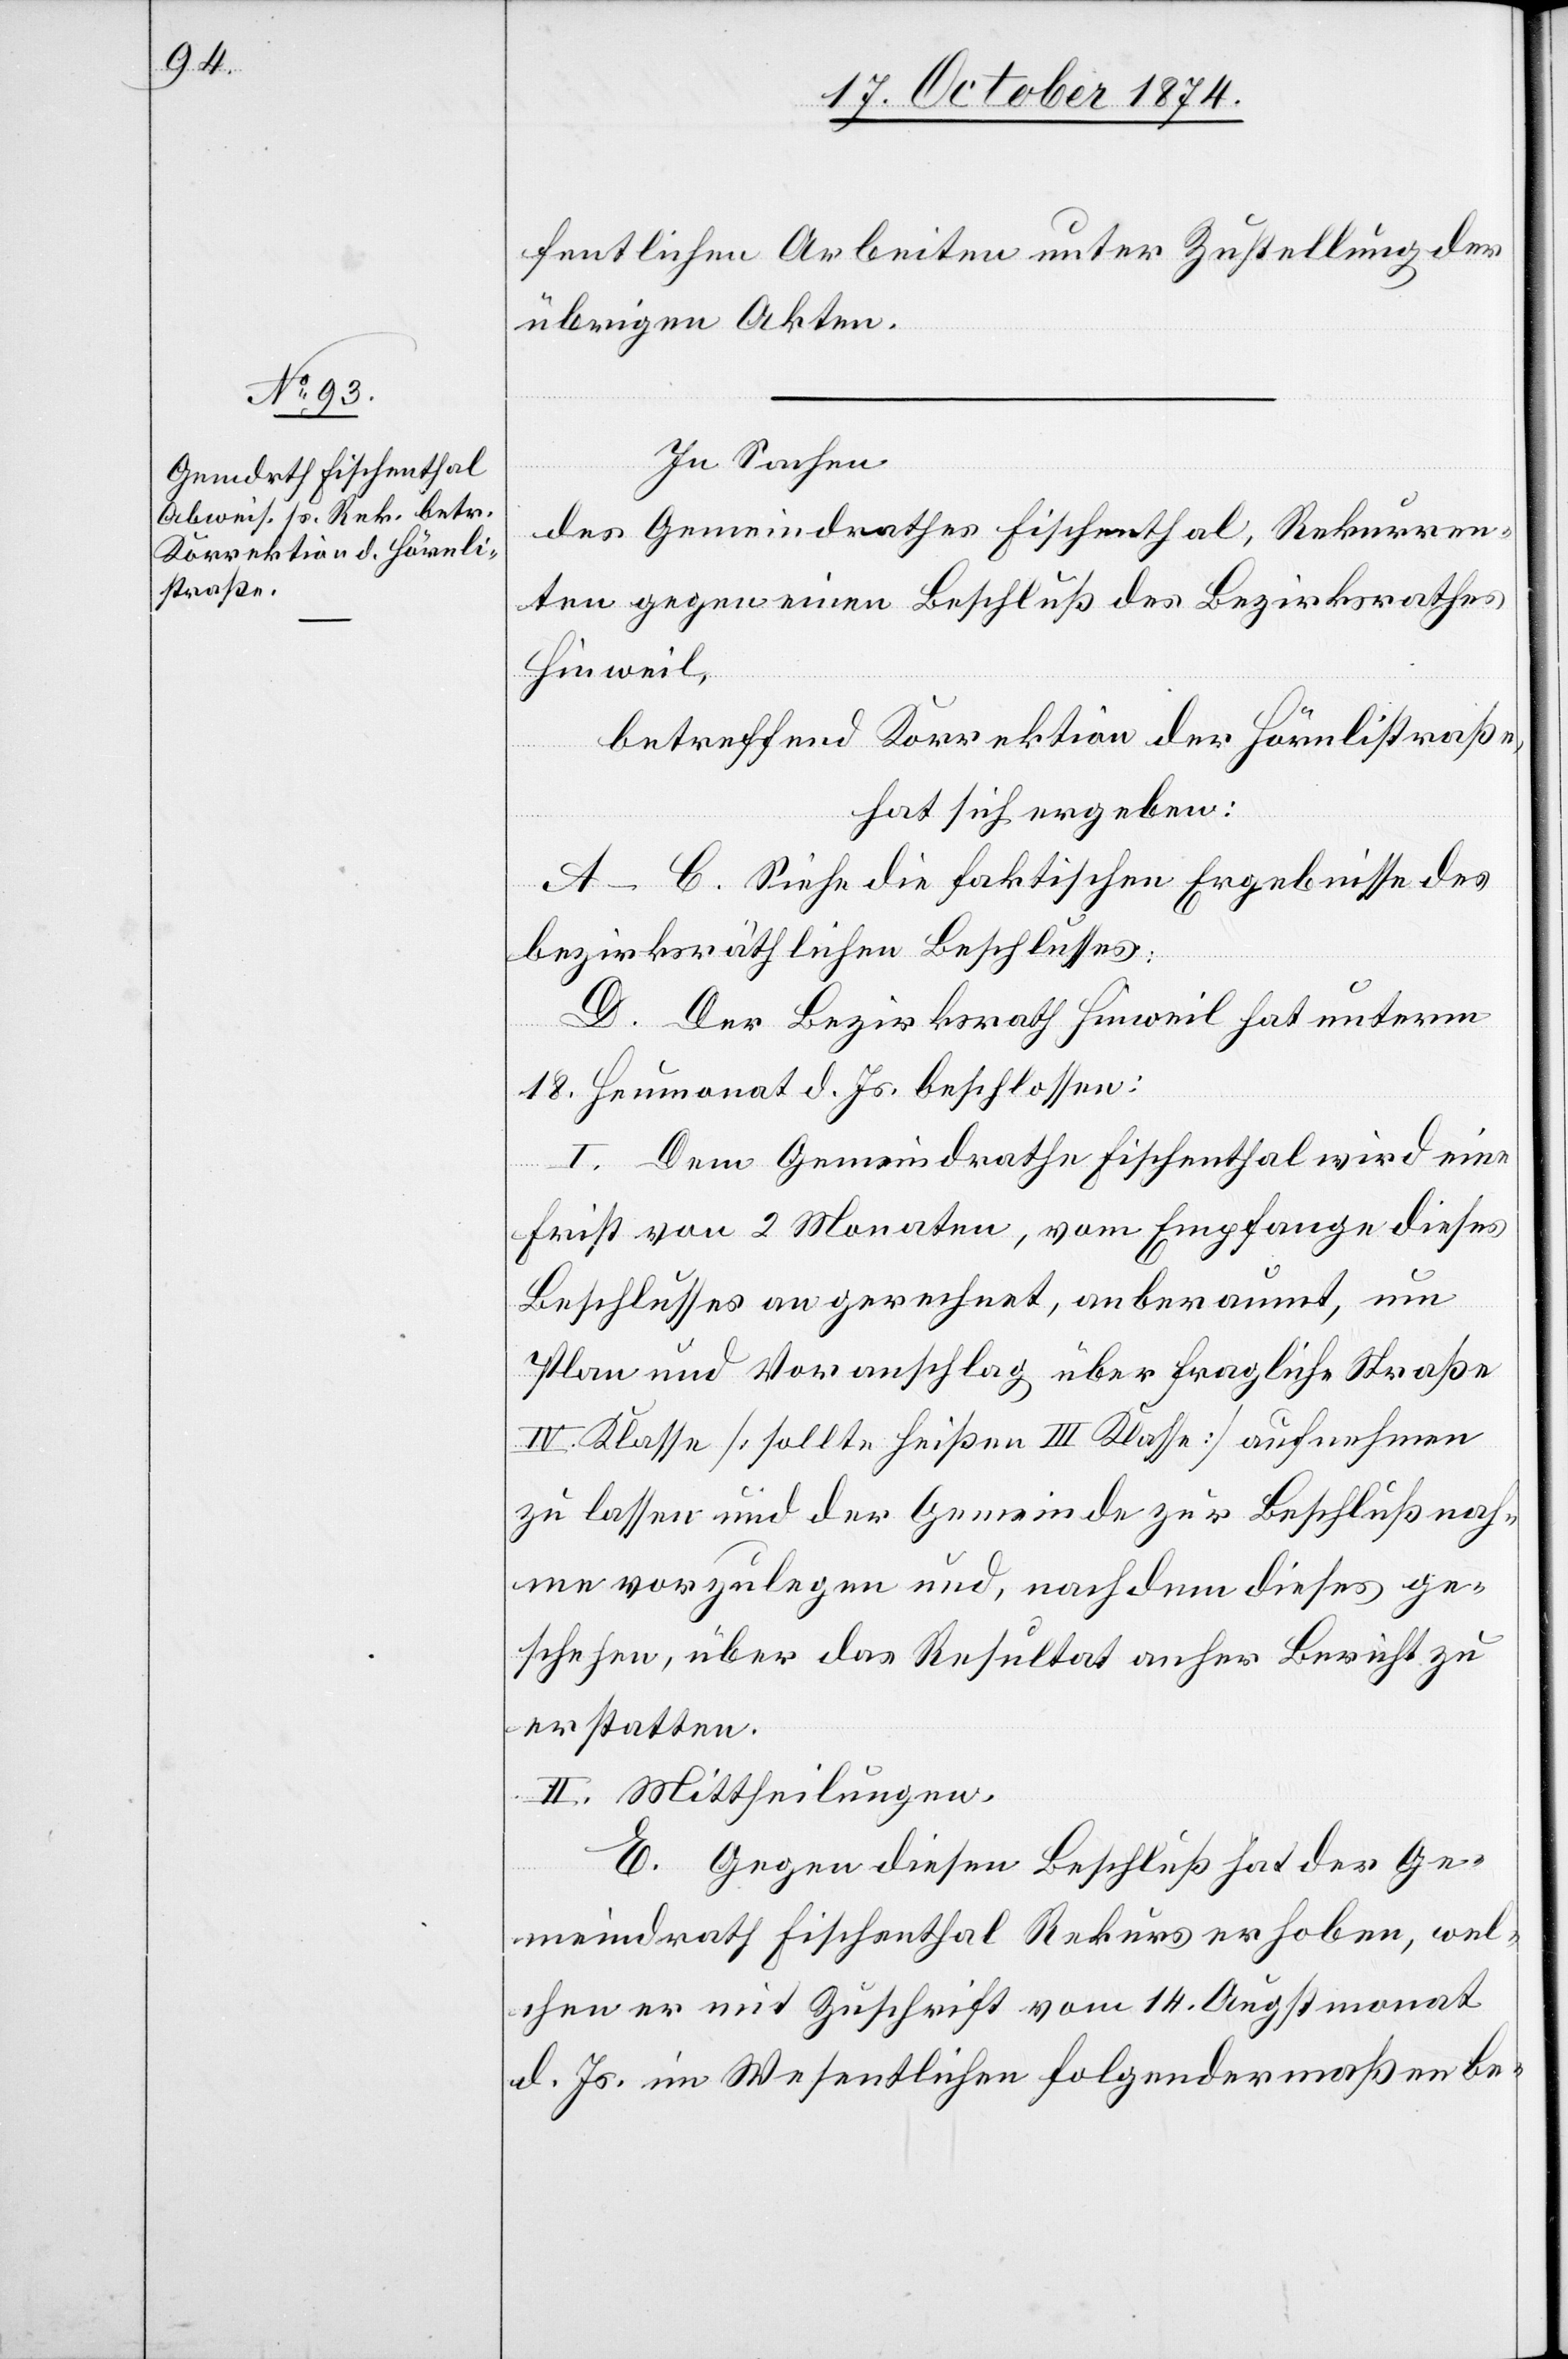
fentlichen Arbeiten unter Zustellung der
übrigen Akten.
In Sachen
des Gemeinderathes Fischenthal, Rekurren¬
ten gegen einen Beschluß des Bezirksrathes
Hinweil,
betreffend Korrektion der Hörnlistraße,
hat sich ergeben:
A–C. Siehe die faktischen Ergebnisse des
bezirksräthlichen Beschlusses.
D. Der Bezirksrath Hinweil hat unterm
18. Heumonat d. Js. beschlossen:
I. Dem Gemeindrathe Fischenthal wird eine
Frist von 2 Monaten, vom Empfange dieses
Beschlusses an gerechnet, anberaumt, um
Plan und Voranschlag über fragliche Straße
IV. Klasse [sollte heißen III. Klasse] aufnehmen
zu lassen und der Gemeinde zur Beschlußnah¬
me vorzulegen und, nachdem dieses ge¬
schehen, über das Resultat anher Bericht zu
erstatten.
II. Mittheilungen.
E. Gegen diesen Beschluß hat der Ge¬
meindrath Fischenthal Rekurs erhoben, wel¬
chen er mit Zuschrift vom 14. Augstmonat
d. Js. im Wesentlichen folgendermaßen be-